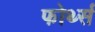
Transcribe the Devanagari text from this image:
फोर्थ्स